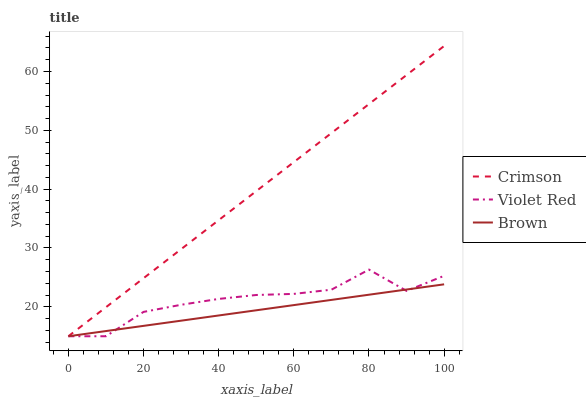
| xaxis_label | Crimson | Violet Red | Brown |
 | --- | --- | --- | --- |
 | 0 | 15 | 15 | 15 |
 | 10 | 19.9 | 15 | 15.9 |
 | 20 | 24.9 | 19.1 | 16.8 |
 | 30 | 29.8 | 20.3 | 17.6 |
 | 40 | 34.7 | 21.3 | 18.5 |
 | 50 | 39.7 | 22 | 19.4 |
 | 60 | 44.6 | 22.2 | 20.3 |
 | 70 | 49.5 | 22.9 | 21.2 |
 | 80 | 54.5 | 26.3 | 22.1 |
 | 90 | 59.4 | 22.7 | 22.9 |
 | 100 | 64.3 | 25.3 | 23.8 |